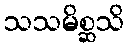
သသမိစ္ဆသိ